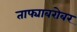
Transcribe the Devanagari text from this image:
ताफ्याबरोबर